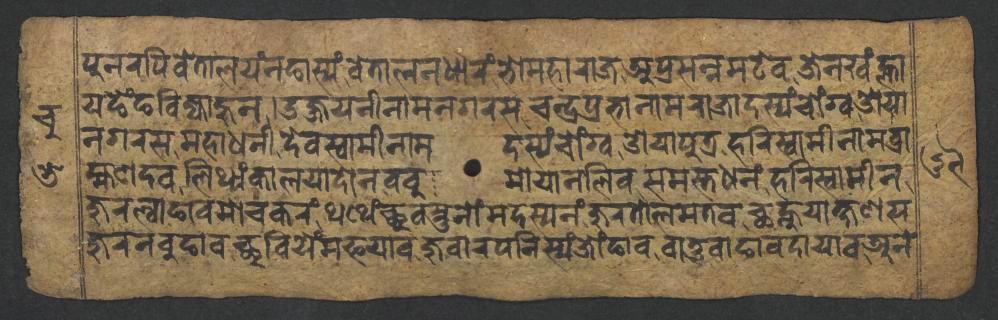
𑐥𑐸𑐣𑐬𑐥𑐶𑐰𑐾𑐟𑐵𑐮𑐫𑑄𑐣𑐒𑐵𑐳𑑂𑐫𑑄𑐰𑐾𑐟𑐵𑐮𑐣𑐢𑐵𑐬𑑄𑐨𑑀𑐩𑐴𑐵𑐬𑐵𑐖𑐀𑐥𑑂𑐬𑐳𑐣𑑂𑐣𑐩𑐚𑐾𑐰𑐖𑐾𑐣𑐏𑑄𑐮𑑂𑐴𑐵 𑐫𑐒𑐾𑑄𑐒𑐧𑐶𑐖𑑂𑐫𑐵𑐴𑐸𑐣𑑋𑐄𑐖𑑂𑐖𑐫𑐣𑐷𑐣𑐵𑐩𑐣𑐐𑐬𑐳𑐔𑐣𑑂𑐡𑑂𑐬𑐥𑑂𑐬𑐨𑐵𑐣𑐵𑐩𑐬𑐵𑐖𑐵𑐡𑐳𑑂𑐫𑑄𑐔𑑀𑑄𑐐𑑂𑐰𑐌𑐫𑐵 𑐣𑐐𑐬𑐳𑐩𑐴𑐵𑐢𑐣𑐷𑐡𑐾𑐰𑐳𑑂𑐰𑐵𑐩𑐷𑐣𑐵𑐩𑐡𑐳𑑂𑐫𑑄𑐔𑑀𑑄𑐐𑑂𑐰𑐌𑐫𑐵𑐥𑐸𑐟𑑂𑐬𑐴𑐬𑐶𑐳𑑂𑐰𑐵𑐩𑐷𑐣𑐵𑐩𑐧𑑂𑐬𑐵 𑐴𑑂𑐩𑐞𑐡𑐰𑐮𑐶𑐠𑑂𑐫𑑄𑐎𑐵𑐮𑐫𑐵𑐡𑑀𑐣𑐧𑐧𑐸𑐩𑑀𑐫𑐵𑐣𑐮𑐶𑐰𑐳𑐩𑐳𑑂𑐟𑐢𑐣𑑄𑐴𑐬𑐶𑐳𑑂𑐰𑐵𑐩𑐷𑐣 𑐖𑐸𑐬𑐮𑑂𑐰𑐵𑐒𑐵𑐰𑐩𑑀𑐔𑐎𑐬𑑄𑐠𑐠𑐾𑑄𑐕𑐸𑐰𑐳𑑂𑐟𑐸𑐣𑑀𑑄𑐩𑐡𑐳𑑂𑐫𑐣𑑄𑐖𑐸𑐬𑐟𑑀𑐮𑐩𑐟𑐰𑐕𑐣𑑂𑐴𑐸𑐫𑐵𑐎𑑂𑐲𑐞𑐳 𑐖𑐸𑐬𑐣𑐧𑐸𑐒𑐵𑐰𑐕𑐸𑐧𑐶𑐫𑐾𑑄𑐩𑐦𑐫𑐵𑐰𑐖𑐸𑐰𑐵𑐬𑐥𑐣𑐶𑐳𑑂𑐫𑑄𑐖𑑀𑑄𑐒𑐵𑐰𑐧𑐵𑐟𑐸𑐰𑐵𑐒𑐵𑐰𑐡𑐵𑐫𑐵𑐰𑐀𑐣𑐾